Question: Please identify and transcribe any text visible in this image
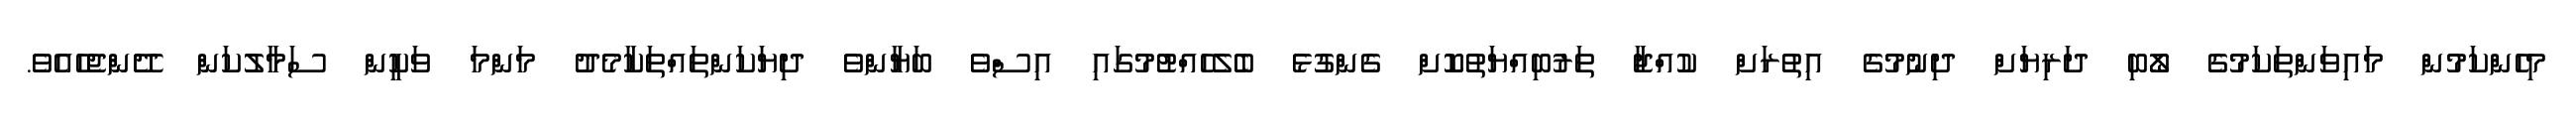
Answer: މިހެންކަމުން މައިވަންތަކަމުގެ ލޯބި ދަރިޔަށް ދިނުމުގެ އިތުރަށް ކުއްޖާ ތަރުބިއްޔަތުކޮށް ގެންގުޅެ ބެލެހެއްޓުމުގައި އިސްވެ ބަޔާންވެ ދިޔަކަންތައްތަކާމެދު މަންމަ ވަކީން ސަމާލުކަން ދޭންޖެހެއެވެ.